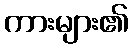
ကားများ၏